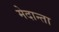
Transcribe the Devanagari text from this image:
मेदान्ता